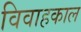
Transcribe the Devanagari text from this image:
विवाहकाल